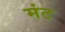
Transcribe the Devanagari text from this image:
मंट